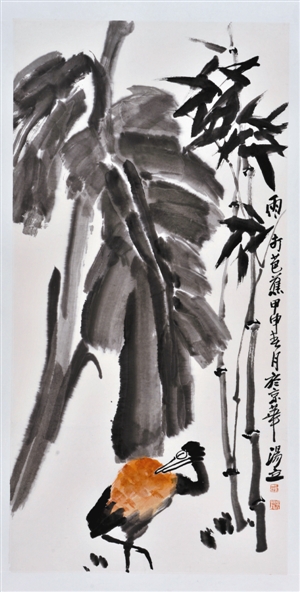
潮打三更瓜步月，雨荒十里红桥火。